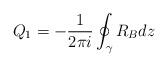
LaTeX: \begin{align*} Q_1 = -\frac{1}{2\pi i}\oint_\gamma R_Bdz\end{align*}